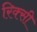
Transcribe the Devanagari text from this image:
रिक्सी